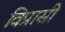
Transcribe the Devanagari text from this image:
विप्रासी